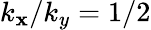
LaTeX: k_{\mathbf{x}}/k_{y}=1/2